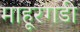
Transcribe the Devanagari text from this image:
माहूरगडी